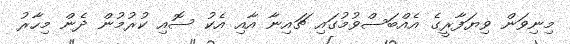
މިނިވަން ވިޔަފާރީގެ އެއްބަސްވުމުގައި ޗައިނާ އާއި އެކު ސޮއި ކުރުމުން ދެން މިހާރު